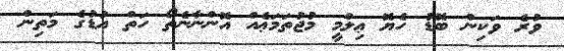
ވުރެ ވަކިން ބޮޑު ހެޔޮ ޢިލްމީ މުޖުތަމަޢެއް އޮންނާނެތޯ ހަތް އުޑުގެ މަތިން